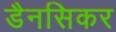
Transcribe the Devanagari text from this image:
डैनसिकर